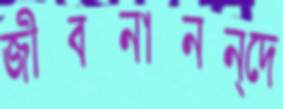
জীবনানন্দে